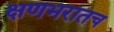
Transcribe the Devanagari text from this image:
क्षणभरातच